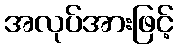
အလုပ်အားဖြင့်